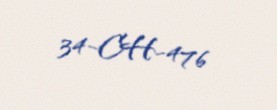
34-CH-476